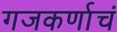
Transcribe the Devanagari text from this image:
गजकर्णाचं